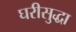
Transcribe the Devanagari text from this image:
घरीसुद्धा